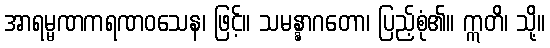
အာရမ္မဏကရဏဝသေန၊ ဖြင့်။ သမန္နာဂတော၊ ပြည့်စုံ၏။ ဣတိ၊ သို့။